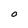
Character: O